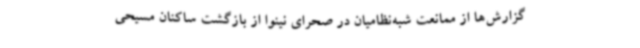
گزارش‌ها از ممانعت شبه‌نظامیان در صحرای نینوا از بازگشت ساکنان مسیحی